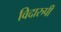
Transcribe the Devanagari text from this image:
विदारुपी